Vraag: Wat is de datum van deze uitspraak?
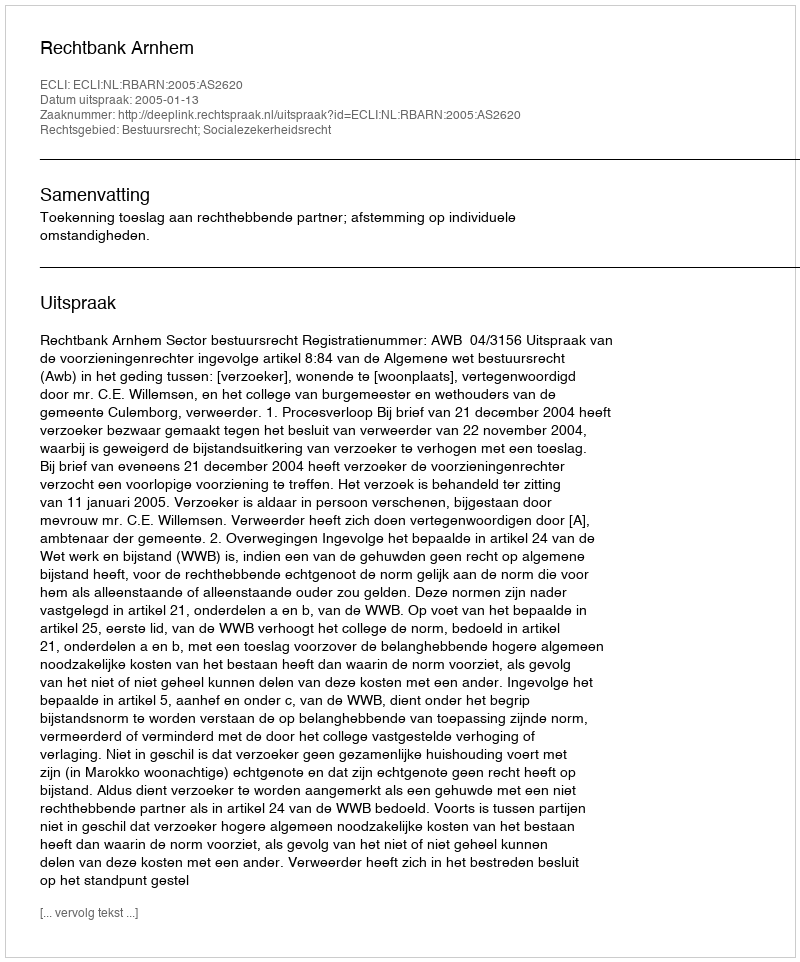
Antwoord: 2005-01-13